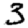
Digit: 3